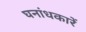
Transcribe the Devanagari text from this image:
घनांधकारें